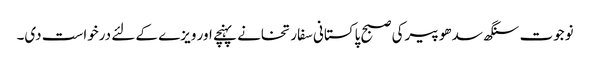
نوجوت سنگھ سدھو پیرکی صبح پاکستانی سفارتخانے پہنچے اور ویزے کے لئے درخواست دی۔